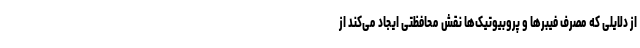
از دلایلی که مصرف فیبرها و پروبیوتیک‌ها نقش محافظتی ایجاد می‌کند از